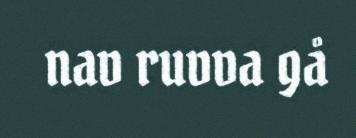
nav ruvva gå